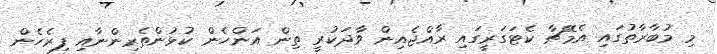
މި މުބާރާތުގައި އެމޭޗާ ކެޓަގަރީގައި ރާއްޖެއިން ވާދަކުރީ ތިން އަންހެން ކުޅުންތެރިންނާއި ފިރެހެން